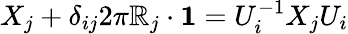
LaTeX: X_{j}+\delta_{ij}2\pi\mathbb{R}_{j}\cdot{\mathbf{1}}=U_{i}^{-1}X_{j}U_{i}